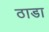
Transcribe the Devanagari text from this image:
ठाडा